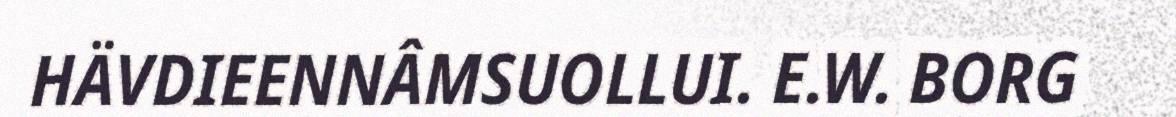
HÄVDIEENNÂMSUOLLUI. E.W. BORG